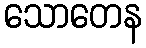
သောတေန